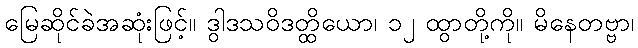
မြေဆိုင်ခဲအဆုံးဖြင့်။ ဒွါဒသဝိဒတ္ထိယော၊ ၁၂ ထွာတို့ကို။ မိနေတဗ္ဗာ၊